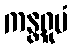
ကန္တရူပံ